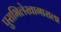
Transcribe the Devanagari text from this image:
पुराभिलेखागाराला